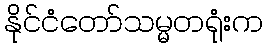
နိုင်ငံတော်သမ္မတရုံးက